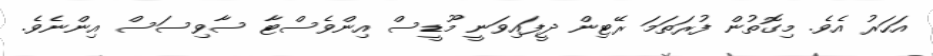
އަހަރު އެވެ. މިގޮތުން ފުރަަތަމަ ރޭޓިން ދީފައިވަނީ މޫޑީސް އިންވެސްޓާ ސާވިސަސް އިންނެވެ.